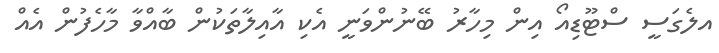
އލެގަސީ ސްޓޫޑިއޯ އިން މިހާރު ބޭނުންވަނީ އެކި އާއިލާތަކުން ބާއްވާ މާހެފުން އެއް